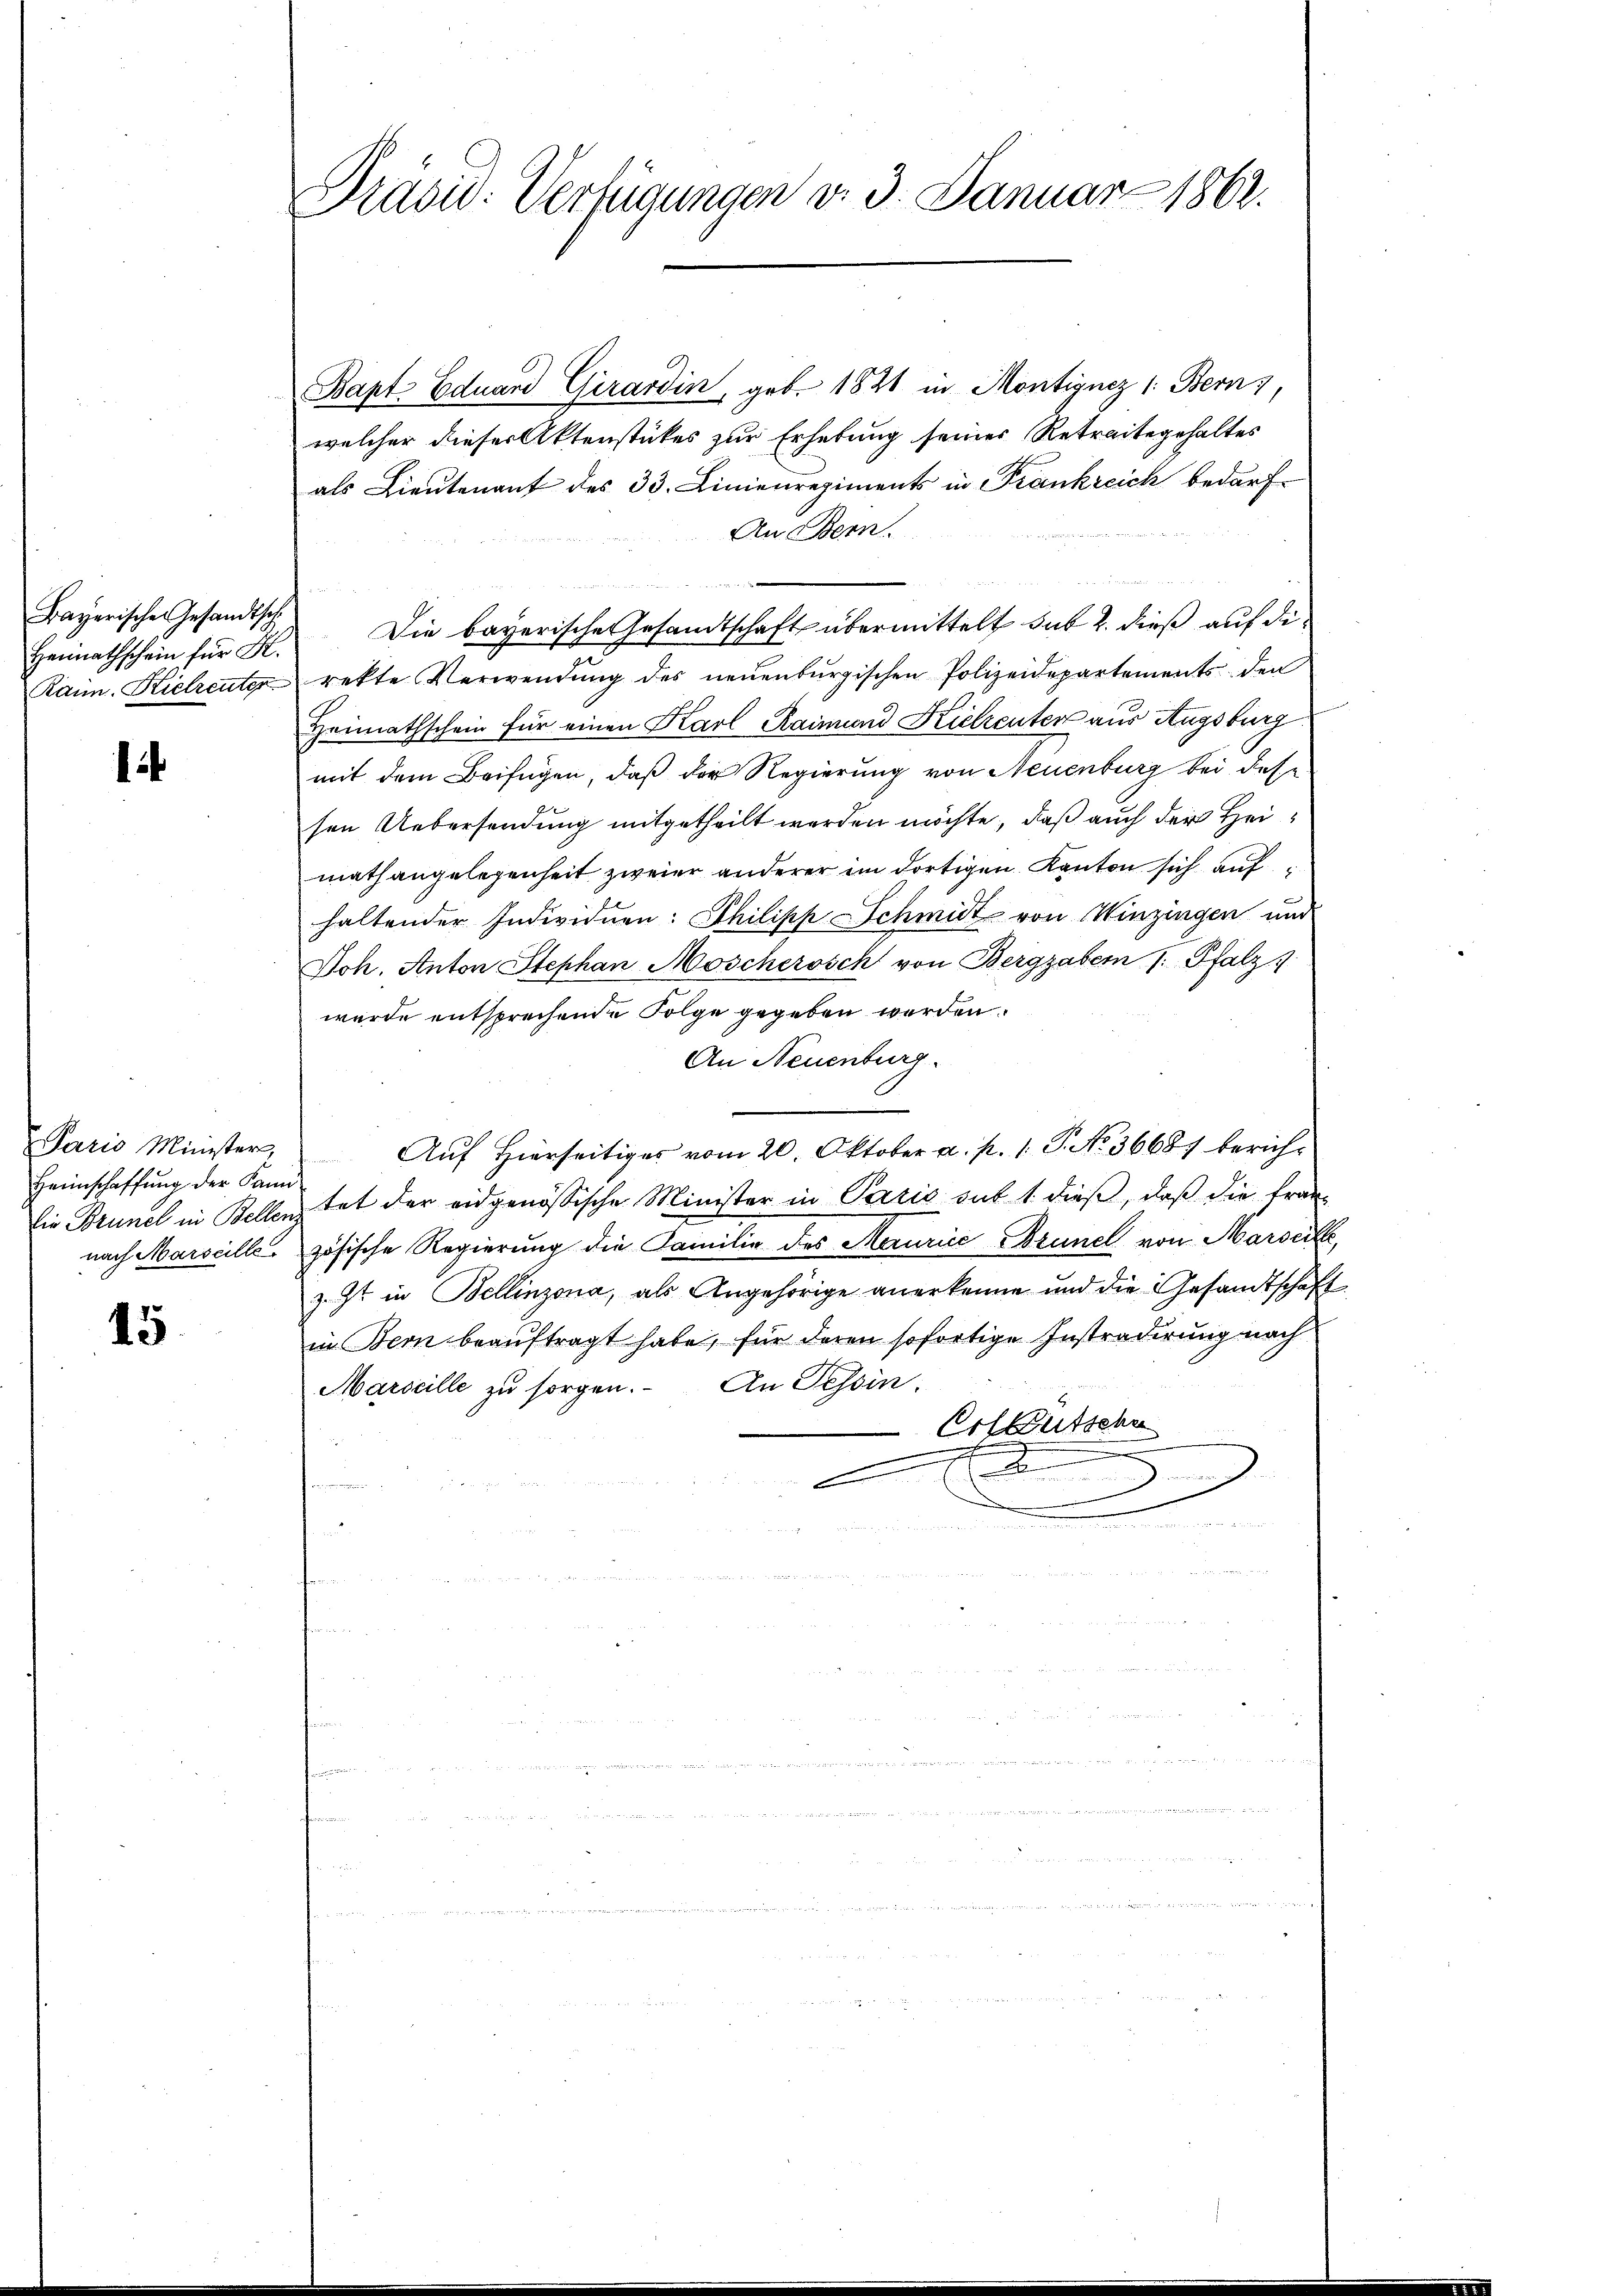
Bayerischen Gesandtsch
Heimathschein für K.

¬

Paris Minister,
Heimschaffung der Kann

15

Präsid. Verfügungen v. 3. Januar 1862.

Bapt Eduard Girardin, geb. 1821 in Montignez 1: Bern,
welcher dieser Aktenstückes zur Erhebung seiner Retraite gehaltes
als Lieutenant des 33. Linienregiments in Frankreich bedarf.
An Bern.
Die bayerische Gesandtschaft übermittelt sub 2. dieß auf die
Rain. Kielreuter rekte Verwendŭng des neŭenbŭrgischen Polizeidepartements den
Heimathschein für einen Karl Raimund Kielrenter aus Augsburg.
mit dem Beifügen, daß der Regierung von Neuenburg bei dese
sen Uebersendung mitgetheilt werden möchte, daß auch der Heimath angelegenheit zweier anderer im dortigen Kanton sich auf
haltender Individuen: Philipp Schmidt von Winzingen und
Joh. Anton Stephan Moscherosch von Bergzaber /: Pfalz
wurde entsprechende Folge gegeben werden.
An Neuenburg.
Auf Hierseitiges vom 20. Oktober a. p. 1. P. No. 36681 berichlie Brunel in Bellenz tat der eidgenössische Minister in Paris sub 1. dieβ, daβ die fran-
nach Marscille zösische Regierung die Familie des Maurice Brunel von Marieli,
z. Zt. in Bellinzona, als Angehörige anerkenne und die Gesandtschaft
in Bern beauftragt habe, für deren sofortige Instradirung nach
Marseille zu sorgen. An Tessin.
Erlbutsche
.
.
2
E

n
u
n
n